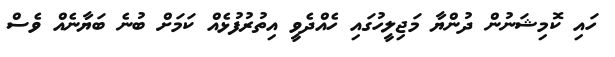
ހައި ކޮމިޝަނުން ދުންޔާ މަޖިލީހުގައި ހެއްދެވީ އިތުރުފުޅެއް ކަމަށް ބުނެ ބަޔާނެއް ވެސް